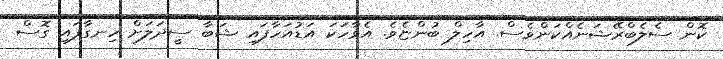
ކޮން ސެލެބްރޭޝަނެއްކަންވެސް. އާހިލް ބުންޏެވެ. އެވާހަކަ އަޑުއަހާފައި ޝަބާ ސީދަލަށް ހިނގާފައި ގޮސް